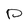
Character: D